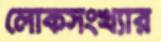
লোকসংখ্যার